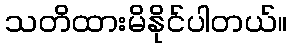
သတိထားမိနိုင်ပါတယ်။